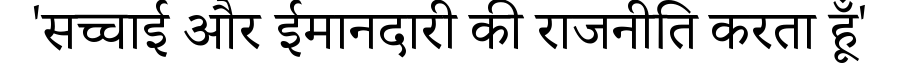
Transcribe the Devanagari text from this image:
'सच्चाई और ईमानदारी की राजनीति करता हूँ'